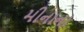
મીનાના